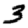
Digit: 3